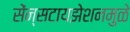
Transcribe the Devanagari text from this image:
सेंन्सटायझेशनमुळे